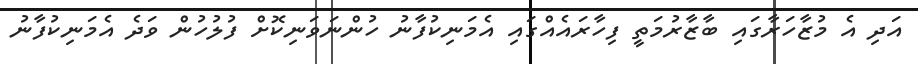
އަދި އެ މުޒާހަރާގައި ބާޒާރުމަތީ ފިހާރައެއްގައި އެމަނިކުފާނު ހުންނަވަނިކޮށް ފުލުހުން ވަދެ އެމަނިކުފާނު